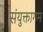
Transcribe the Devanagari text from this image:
संयुक्तागम